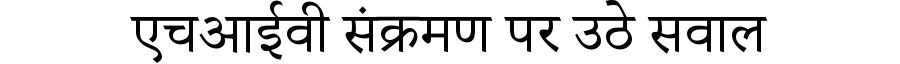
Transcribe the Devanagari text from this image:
एचआईवी संक्रमण पर उठे सवाल